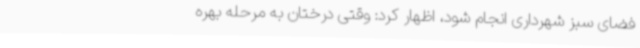
فضای سبز شهرداری انجام شود، اظهار کرد: وقتی درختان به مرحله بهره